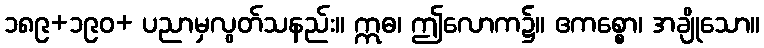
၁၈၉+၁၉၀+ ပညာမှလွတ်သနည်း။ ဣဓ၊ ဤလောက၌။ ဧကစ္စော၊ အချိုသော။